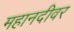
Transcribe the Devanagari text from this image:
महानदीवर